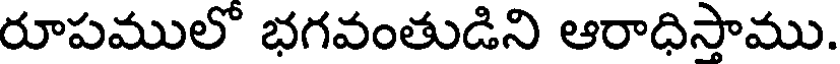
రూపములో భగవంతుడిని ఆరాధిసాము.